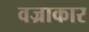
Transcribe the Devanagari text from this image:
वज्राकार